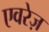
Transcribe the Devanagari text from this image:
एवरेज़